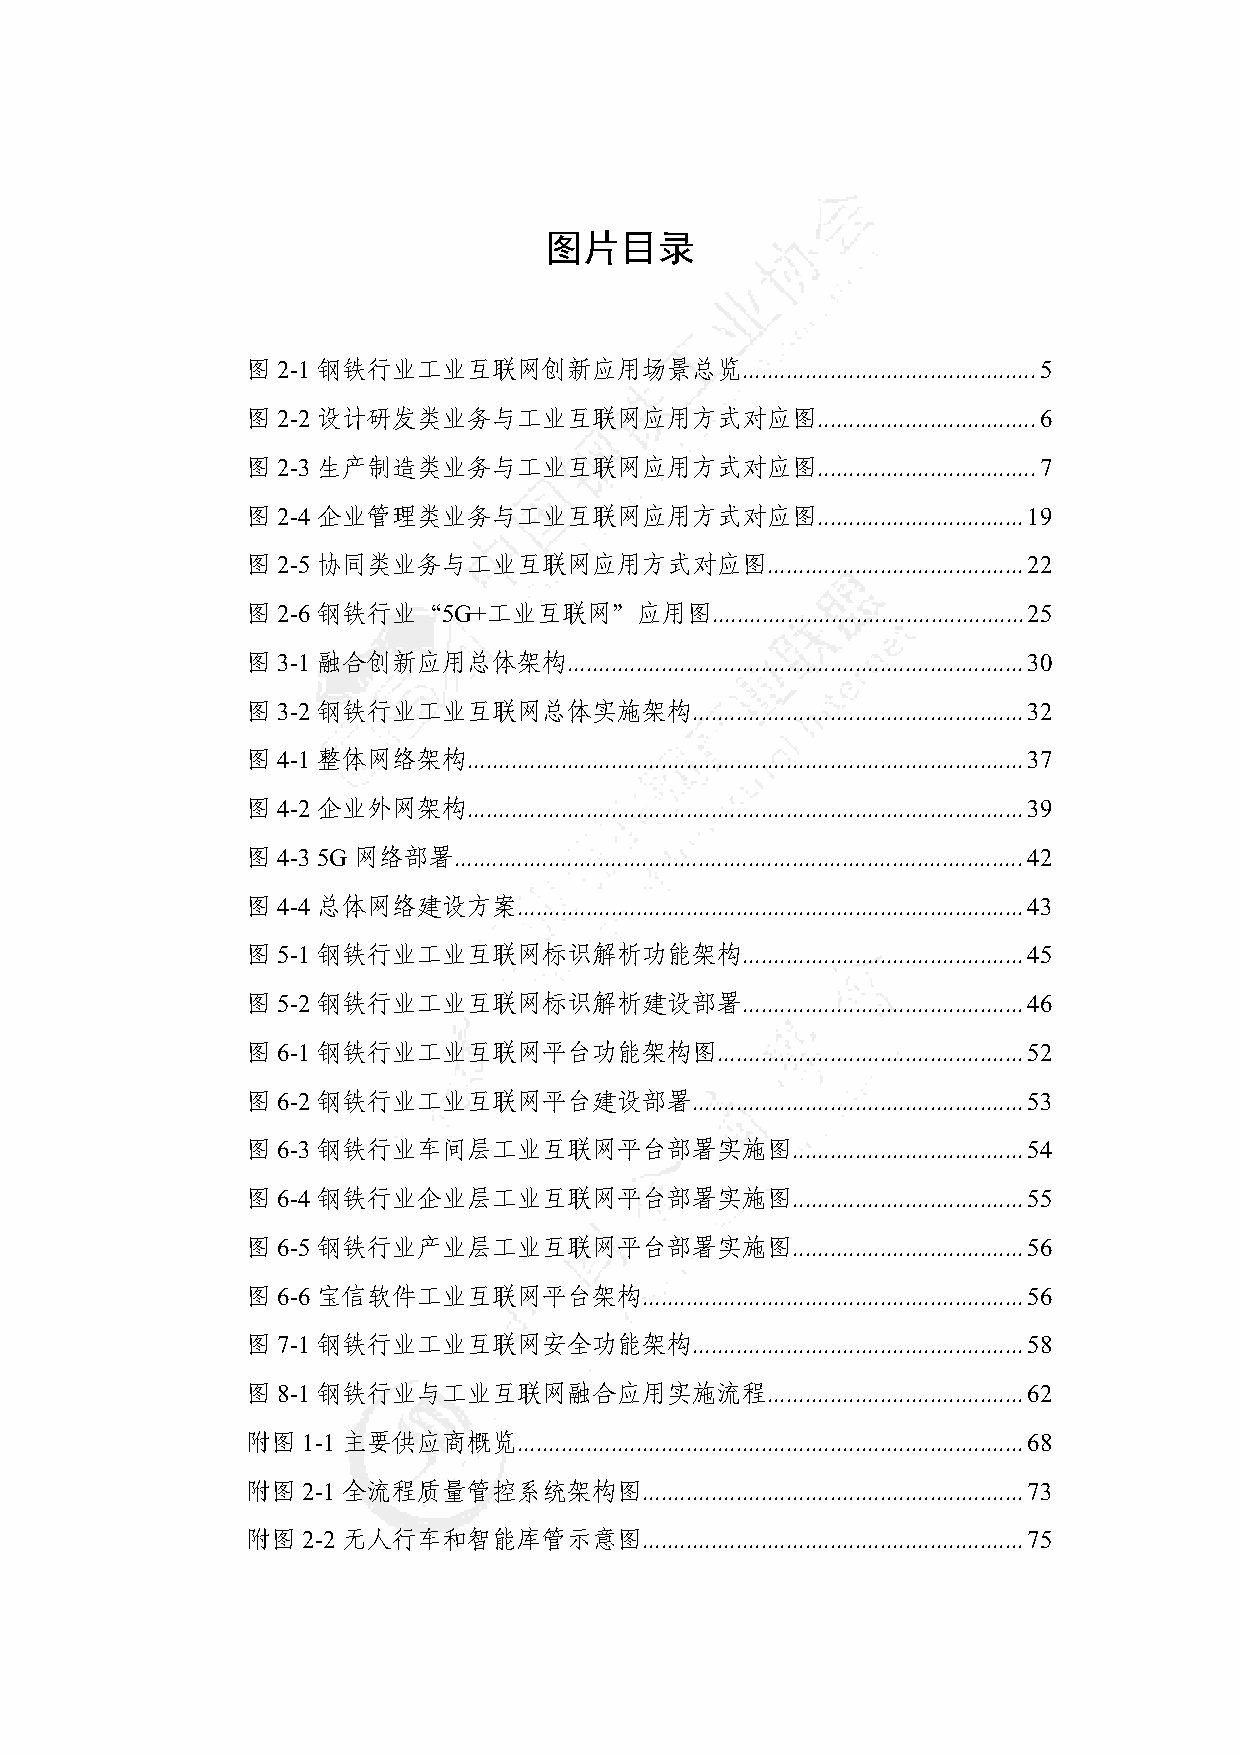
图片目录
 图2-1 钢铁行业工业互联网创新应用场景总览...............................................5
 图2-2 设计研发类业务与工业互联网应用方式对应图...................................6
 图2-3 生产制造类业务与工业互联网应用方式对应图...................................7
 图2-4 企业管理类业务与工业互联网应用方式对应图.................................19
 图2-5 协同类业务与工业互联网应用方式对应图.........................................22
 图2-6 钢铁行业“5G+工业互联网”应用图..................................................25
 图3-1 融合创新应用总体架构.........................................................................30
 图3-2 钢铁行业工业互联网总体实施架构.....................................................32
 图4-1 整体网络架构.........................................................................................37
 图4-2 企业外网架构.........................................................................................39
 图4-3 5G 网络部署...........................................................................................42
 图4-4 总体网络建设方案.................................................................................43
 图5-1 钢铁行业工业互联网标识解析功能架构.............................................45
 图5-2 钢铁行业工业互联网标识解析建设部署.............................................46
 图6-1 钢铁行业工业互联网平台功能架构图.................................................52
 图6-2 钢铁行业工业互联网平台建设部署.....................................................53
 图6-3 钢铁行业车间层工业互联网平台部署实施图.....................................54
 图6-4 钢铁行业企业层工业互联网平台部署实施图.....................................55
 图6-5 钢铁行业产业层工业互联网平台部署实施图.....................................56
 图6-6 宝信软件工业互联网平台架构.............................................................56
 图7-1 钢铁行业工业互联网安全功能架构.....................................................58
 图8-1 钢铁行业与工业互联网融合应用实施流程.........................................62
 附图1-1  主要供应商概览.................................................................................68
 附图2-1  全流程质量管控系统架构图.............................................................73
 附图2-2  无人行车和智能库管示意图.............................................................75